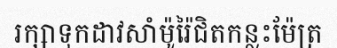
រក្សាទុកដាវសាំម៉ូរ៉ៃជិតកន្លះម៉ែត្រ